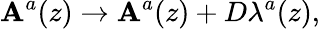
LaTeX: \mathbf{A}^{a}(z)\rightarrow\mathbf{A}^{a}(z)+D\lambda^{a}(z),